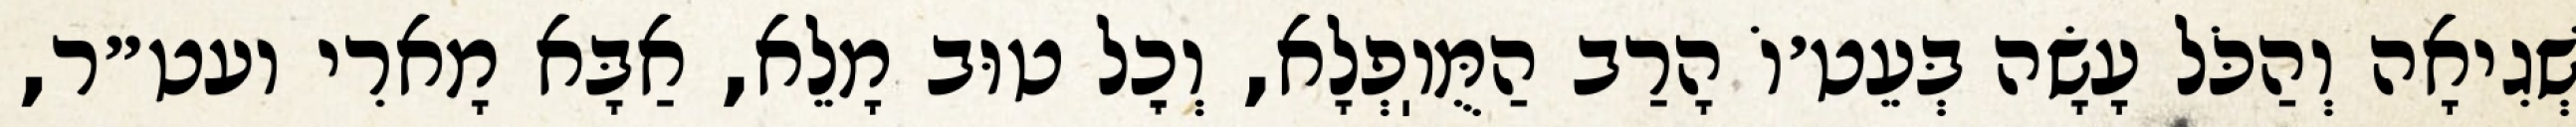
שְׁגִיאָה וְהַכֹּל עָשָׂה בְּעֵט׳וֹ הָרַב הַמֻּוֽפְלָא, וְכׇל טוּב מָלֵא, אַבָּא מָארִי ועט״ר,